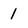
Character: 1